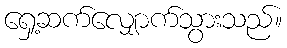
ရှေ့ဆက်လျှောက်သွားသည်။